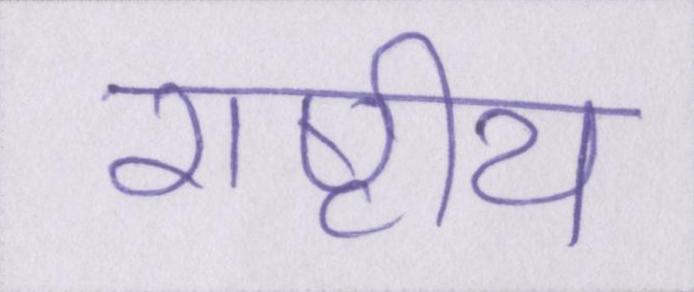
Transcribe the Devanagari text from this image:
राष्टीय